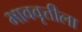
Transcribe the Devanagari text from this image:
भाववृत्तीला